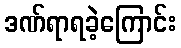
ဒဏ်ရာရခဲ့ကြောင်း